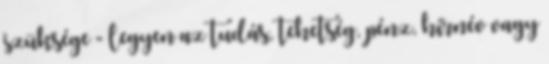
szüksége - legyen az tudás, tehetség, pénz, hírnév vagy